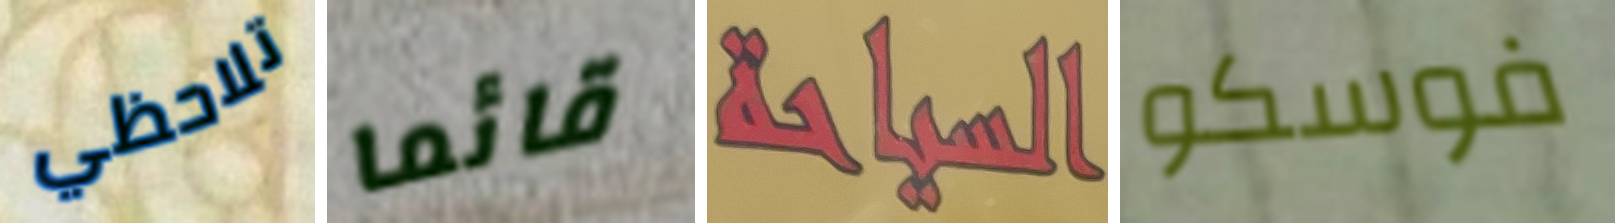
تلاحظي قائما السياحة فوسكو